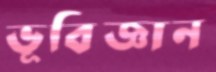
ভূবিজ্ঞান